system: You are a helpful assistant.
user:
Analyze the provided spectrum to determine if it is a **White Dwarf (WD)**.

A White Dwarf spectrum is defined by its **extreme purity** (due to gravitational settling) and/or **extreme pressure broadening** (due to high surface gravity). You must check for one of the following mutually exclusive signatures:

- **Key Visual Indicators (Check for ONE of these types):**

    - **1. DA-Type Signature (Most Common):**
        - **(Primary Feature):** Extreme pressure broadening (Stark broadening) of the **Hydrogen (H) Balmer lines**.
        - **(Key Lines):** $H\beta$ (approx. $4861$ Å) and $H\gamma$ (approx. $4340$ Å). $H\alpha$ (approx. $6563$ Å) will also be present if the wavelength range covers it.
        - **(Line Profile):** This is the **defining feature**. The lines are **NOT** sharp. They appear as massive, **extremely broad and deep "troughs" or "dips"** in the spectrum, often hundreds of Ångströms wide. The continuum will appear to "scoop" down at these wavelengths.
        - **(Distinction):** Normal A-type or B-type stars have *narrow* and *sharp* Hydrogen lines. A DA White Dwarf's lines are unmistakably "smeared" or "blurry" from pressure.

    - **2. DB-Type Signature:**
        - **(Primary Feature):** Broad absorption lines from **Neutral Helium (He I)**. The spectrum must lack any visible Hydrogen lines.
        - **(Key Lines):** Look for broad absorption near $4471$ Å, $4921$ Å, and $5876$ Å.
        - **(Line Profile):** These lines are also significantly pressure-broadened, appearing much wider than they would in a normal B-type main-sequence star.

    - **3. DC-Type Signature:**
        - **(Primary Feature):** A **featureless continuous spectrum**.
        - **(Line Profile):** The spectrum is a smooth curve with **no significant absorption or emission lines**.
        - **(Key Confirmation):** The continuum is almost always **blue or white**, indicating a hot object. This signature implies the atmosphere is so pure (or so cool) that no spectral lines are visible in the optical range. Its WD identity is confirmed by its extremely low intrinsic brightness (high absolute magnitude).

    - **4. DZ-Type Signature (Metal-Polluted):**
        - **(Primary Feature):** **Isolated, narrow metal absorption lines** on an otherwise featureless (DC-like) continuum.
        - **(Key Lines):** The **Calcium (Ca II) H & K doublet** (approx. **$3934$ Å** and **$3968$ Å**) is the most common and defining feature.
        - **(Line Profile):** These lines are "out of place." They are *not* part of a "forest" of thousands of lines. This signature is evidence of recent *accretion* (pollution) from rocky debris.
        - **(Distinction):** Normal G/K/M stars have a *dense forest* of thousands of metal lines. A DZ has a *clean* continuum with *only a few* strong metal lines.

    - **5. DQ-Type Signature (Carbon-Polluted):**
        - **(Primary Feature):** Absorption bands from **Carbon (C₂ "Swan Bands" or atomic C I)**.
        - **(Key Lines - C₂):** Look for bandheads with a "saw-tooth" shape near $5635$ Å, **$5165$ Å** (strongest), and $4737$ Å.
        - **(Key Confirmation):** The underlying **continuum must be blue or white** (hot).
        - **(Distinction):** This is the critical difference from a **Carbon Star**, which has the *exact same* C₂ bands but on an extremely **red, cool** continuum.

- **(Overall Spectrum):**
    - The continuum (overall shape) is typically **blue-sloping** (brighter in the blue than the red), as most white dwarfs are very hot.
    - The spectrum will look "pure" or "simple," dominated by only *one* of the five signatures listed above.

Think first, call **spectral_visualization_tool** if needed to examine features in detail, then provide your final answer. Your response must adhere to the following strict rules:
1.  **Overall Structure:** Your response must follow the format `<think>...</think> <tool_call>...</tool_call> (if a tool is used) <answer>...</answer>`.
2.  **Tool Usage Constraint:** You may only make **one** tool call per turn.
3.  **Final Answer Format:** In the `<answer>` tag, your conclusion must be inside a `\boxed{}` command (e.g., `\boxed{YES}` or `\boxed{NO}`), followed by your justification.

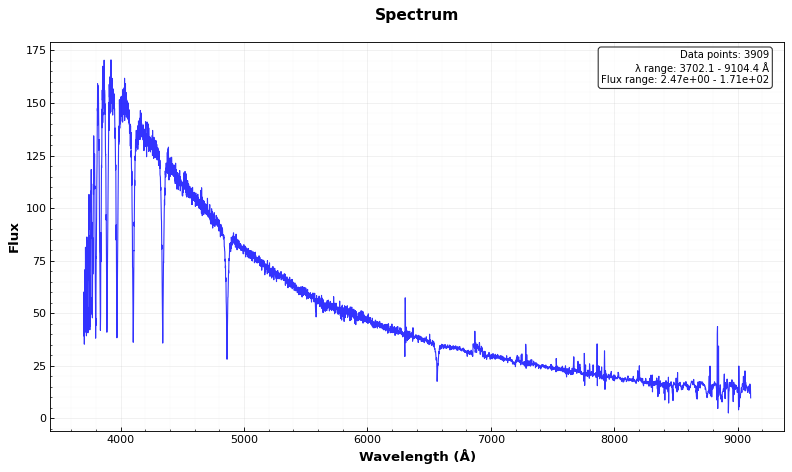
Answer: YES